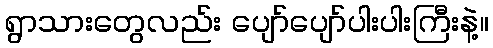
ရွာသားတွေလည်း ပျော်ပျော်ပါးပါးကြီးနဲ့။